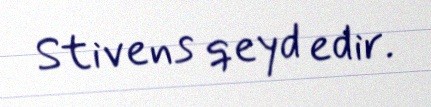
Stivens qeyd edir.